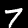
Label: 7